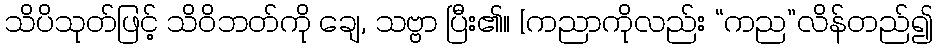
သိပိသုတ်ဖြင့် သိဝိဘတ်ကို ချေ, သဗ္ဗာ ပြီး၏။ [ကညာကိုလည်း “ကည”လိန်တည်၍